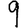
Digit: 9